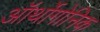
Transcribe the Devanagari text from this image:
ऑर्थोगोनिक